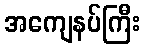
အကျေနပ်ကြီး